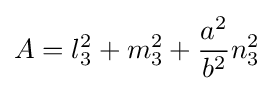
A=l_{3}^{2}+m_{3}^{2}+{\frac {a^{2}}{b^{2}}}n_{3}^{2}